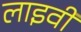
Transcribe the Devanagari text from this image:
लाइवी